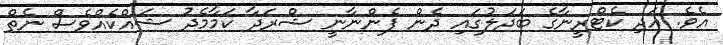
އެވެ. އަދި ކެޓްރީނާގެ ބަދަލުގައި ދެން ފެންނާނީ ޝްރަދާ ކަމާމެދު ޝައްކެއްވެސް ނެތް